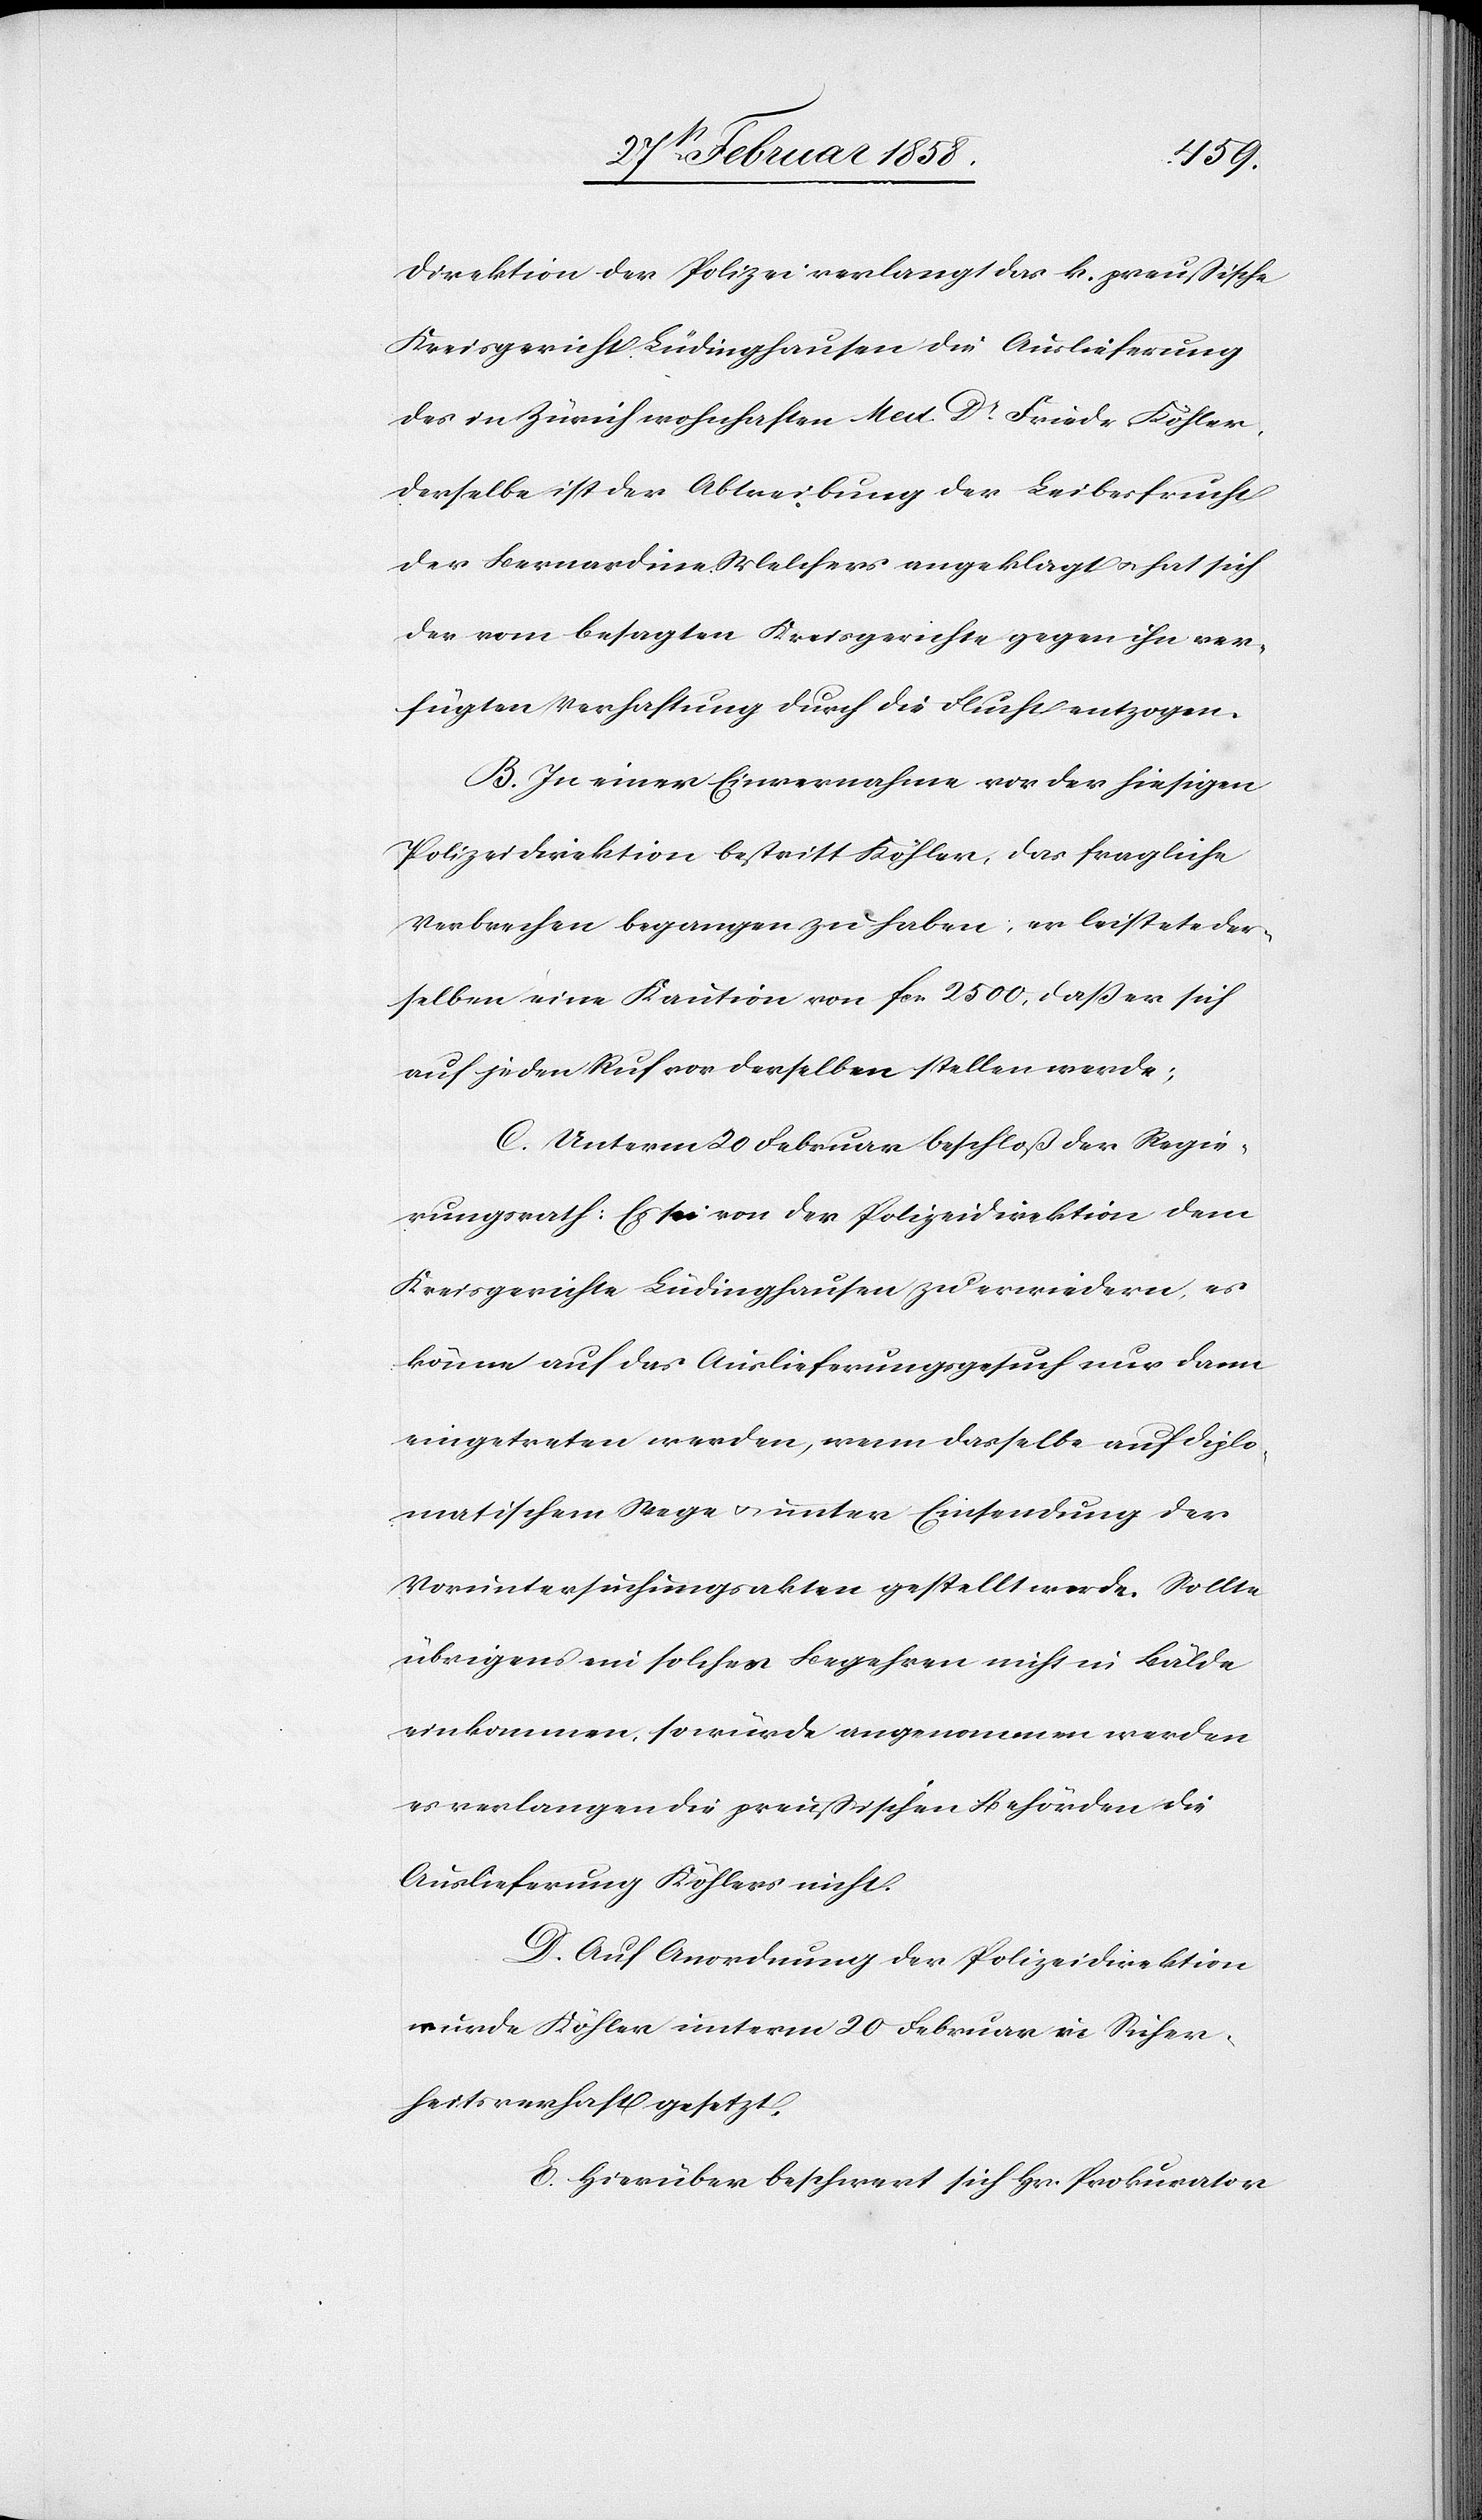
Direktion der Polizei verlangt das k. preußische
Kreisgericht Lüdinghausen die Auslieferung
des in Zürich wohnhaften Med. Dr Friedr. Köhler.
Derselbe ist der Abtreibung der Leibesfrucht
der Bernardine Melchers angeklagt u. hat sich
der vom besagten Kreisgerichte gegen ihn ver¬
fügten Verhaftung durch die Flucht entzogen.
B. In einer Einvernahme vor der hiesigen
Polizeidirektion bestritt Köhler, das fragliche
Verbrechen begangen zu haben; er leistete der¬
selben eine Kaution von fcs. 2500, daß er sich
auf jeden Ruf vor derselben stellen werde;
C. Unterm 20 Februar beschloß der Regie¬
rungsrath: Es sei von der Polizeidirektion dem
Kreisgerichte Lüdinghausen zu erwiedern, es
könne auf das Auslieferungsgesuch nur dann
eingetreten werden, wenn derselbe auf diplo¬
matischem Wege u. unter Einsendung der
Voruntersuchungsakten gestellt werde. Sollte
übrigens ein solches Begehren nicht in Bälde
einkommen, so würde angenommen werden
es verlangen die preußischen Behörden die
Auslieferung Köhlers nicht.
D. Auf Anordnung der Polizeidirektion
wurde Köhler unterm 20 Februar in Sicher¬
heitsverhaft gesetzt.
E. Hierüber beschwert sich Hr. Prokurator